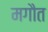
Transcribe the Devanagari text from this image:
मगौत